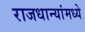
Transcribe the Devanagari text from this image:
राजधान्यांमध्ये